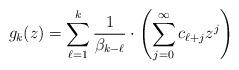
LaTeX: \begin{align*}g_k(z)=\sum_{\ell=1}^{k}\frac{1}{\beta_{k-\ell}}\cdot\left(\sum_{j=0}^\infty c_{\ell+j}z^j\right)\end{align*}